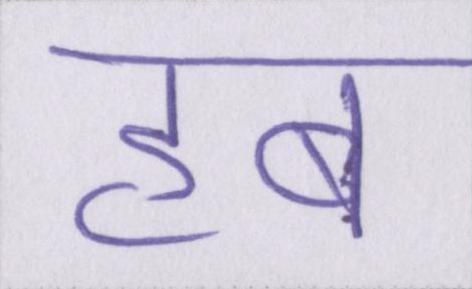
हब